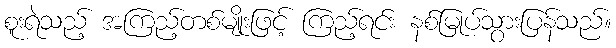
စူးရဲသည့် အကြည့်တစ်မျိုးဖြင့် ကြည့်ရင်း နစ်မြုပ်သွားပြန်သည်။